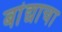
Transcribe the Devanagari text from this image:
बांद्याचा